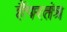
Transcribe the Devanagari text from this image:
हैंपरतंत्र